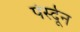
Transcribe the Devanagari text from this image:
पेर्स्दून